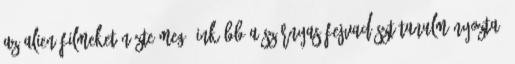
az Alien-filmeket nézte meg, inkább a Szárnyas fejvadászt tanulmányozta,